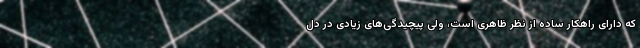
که دارای راهکار ساده از نظر ظاهری است، ولی پیچیدگی‌های زیادی در دل